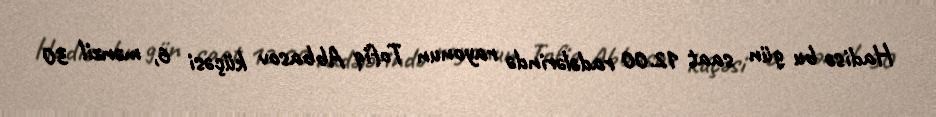
Hadisə bu gün saat 12.00 radələrində rayonun Tofiq Abbasov küçəsi 6, mənzil 30